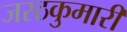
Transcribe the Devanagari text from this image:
जरठकुमारी